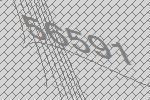
56591